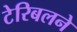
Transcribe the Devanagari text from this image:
टेरिबलने